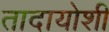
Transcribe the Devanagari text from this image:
तादायोशी